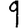
Digit: 9